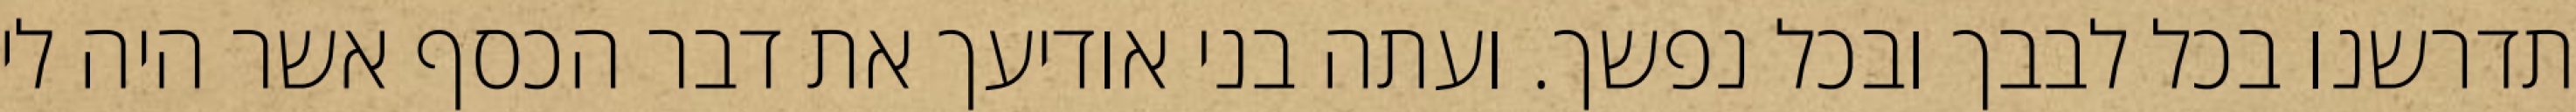
תדרשנו בכל לבבך ובכל נפשך. ועתה בני אודיעך את דבר הכסף אשר היה לי